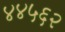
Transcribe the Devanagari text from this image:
४४५६२